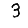
Digit: 3